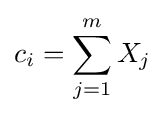
c_{i}=\sum _{j=1}^{m}{X_{j}}